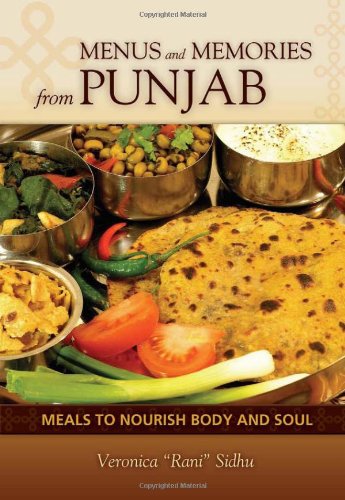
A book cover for Menus and Memories from Punjab: Meals to Nourish Body and Soul (Hippocrene Cookbooks); Veronica Sidhu; Cookbooks, Food & Wine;